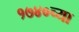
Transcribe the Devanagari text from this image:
१७४०च्या